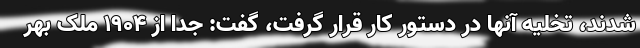
شدند، تخلیه آنها در دستور کار قرار گرفت، گفت: جدا از ۱۹۰۴ ملک بهر